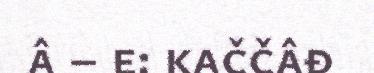
â – e: kaččâđ